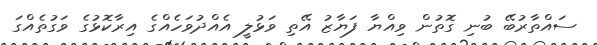
ސައްތާރުބޭ ބުނި ގޮތުން ވިއްޔާ ފަޔާޒު އޭތި ވަޅުލީ އެއްދުވަހެއްގެ އިރާކޮޅުގެ ވަގުތެއްގަ